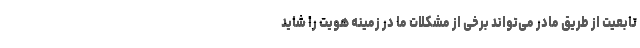
تابعیت از طریق مادر می‌تواند برخی از مشکلات ما در زمینه هویت را شاید